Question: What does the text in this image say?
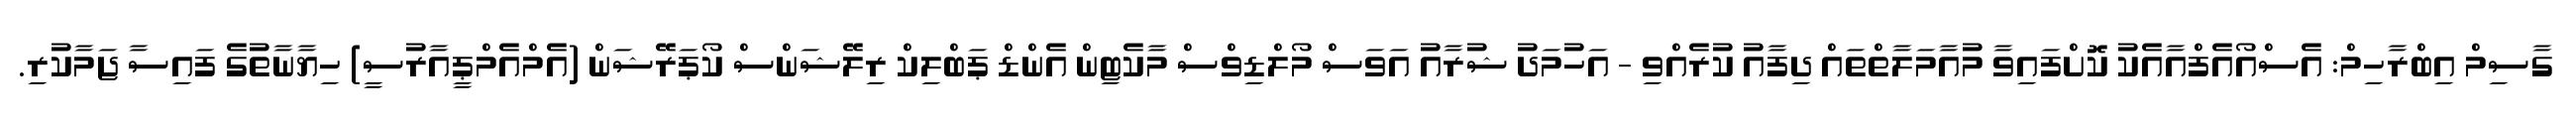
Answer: ގާސިމް އިބްރާހިމް: އެސްއޯއެފްއާއެކު ކޮށްފައިވާ މުއާމަލާތްތައް ދިފާއު ކުރެއްވި - އަހުމަދު ޝުރާއު އަވަސް މޯލްޑިވްސް މާކެޓިން އެންޑް ޕަބްލިކް ރިލޭޝަންސް ކޯޕަރޭޝަން (އެމްއެމްޕީއާރުސީ) ހިޔާނާތުގެ ފައިސާ ޖަމާކުރި.